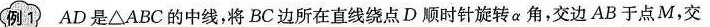
例1 AD 是△ABC 的中线，将 BC 边所在直线绕点 D 顺时针旋转 α 角，交边 AB 于点 M，交